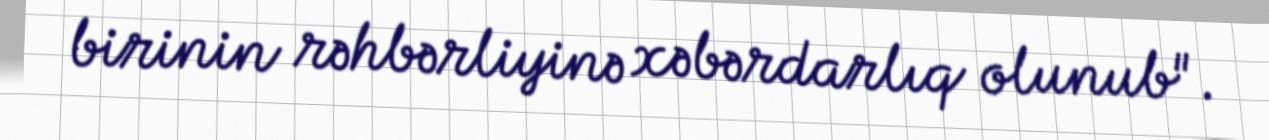
birinin rəhbərliyinə xəbərdarlıq olunub".